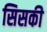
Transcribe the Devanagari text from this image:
सिसकी